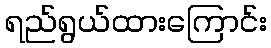
ရည်ရွယ်ထားကြောင်း